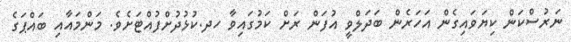
ނަރުސްކަން ކިޔަވައިގެން އަހަރެން ބަދަލްވީ އުފަން ރަށް ކަމުގައިވާ ހދ.ކުޅުދުށްފުއްޓަށެވެ. މަންމައާއި ބައްޕަގެ